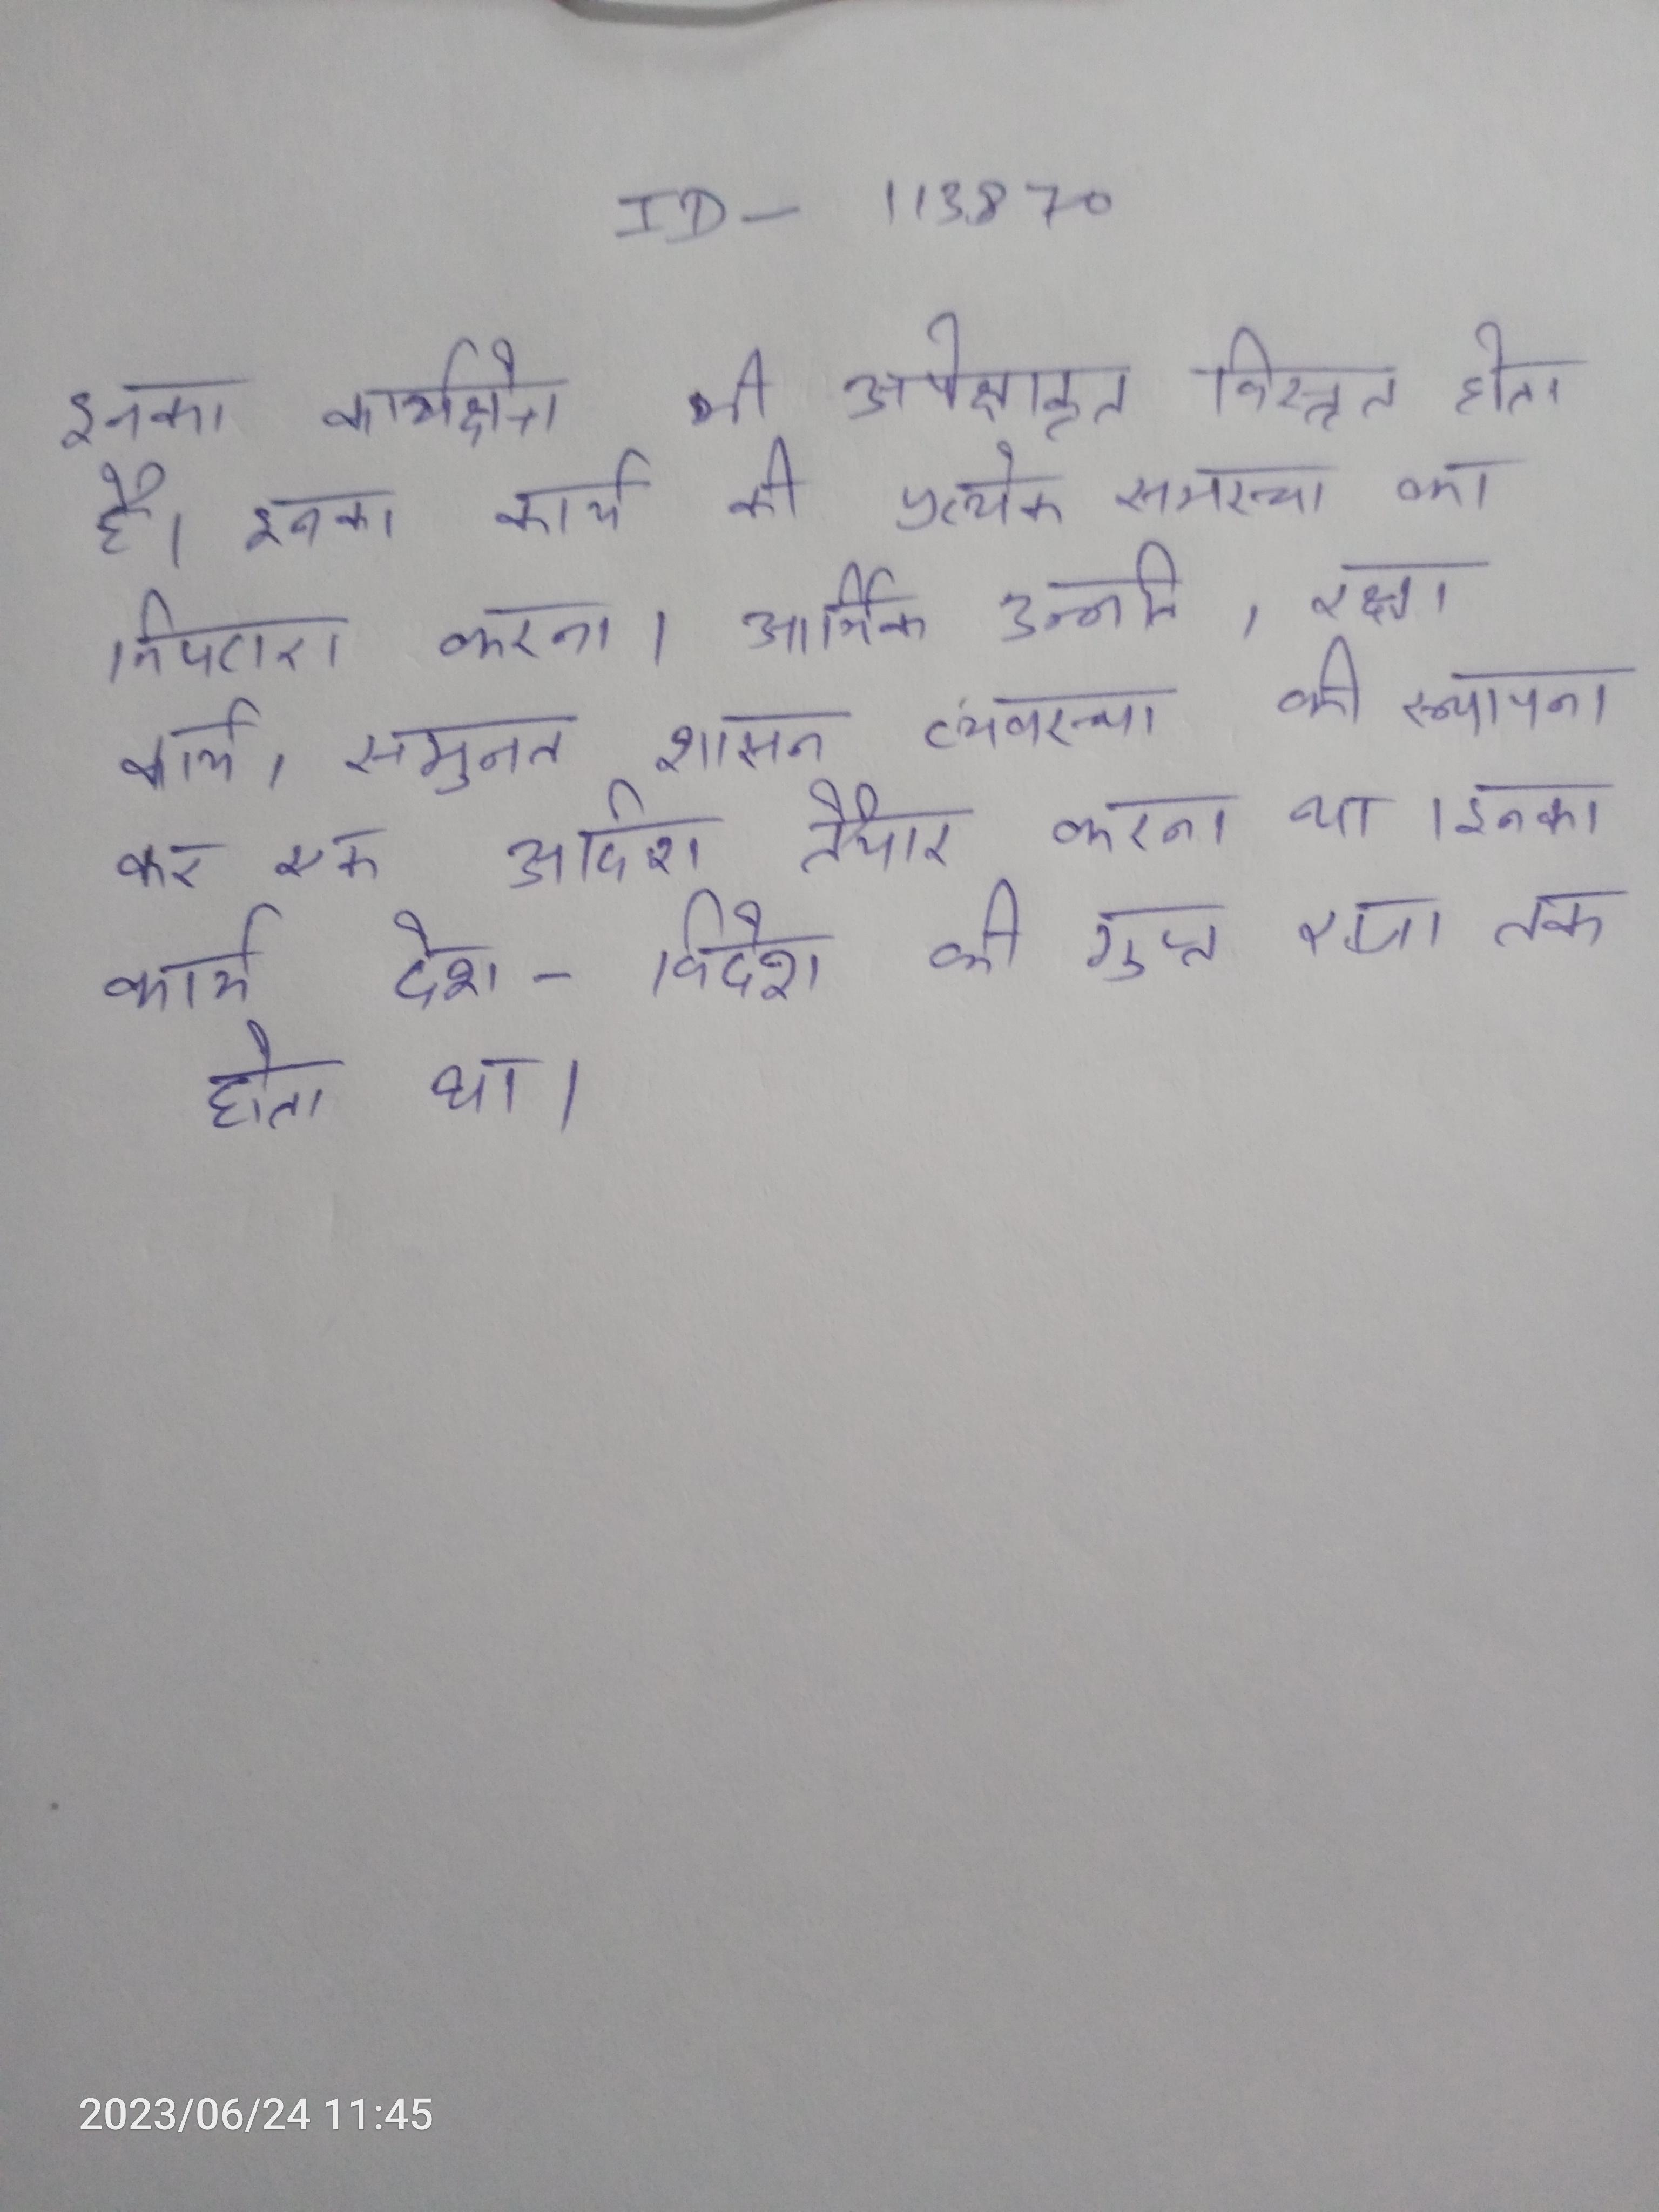
इनका कार्यक्षेत्र भी अपेक्षाकृत विस्तृत होता है । इनका कार्य की प्रत्येक समस्या का निपटारा करना, आर्थिक उन्नति, रक्षा कार्य, समुन्नत शासन व्यवस्था की स्थापना कर एक आदर्श तैयार करना था । इनका कार्य देश-विदेश की गुप्त राजा तक होता था ।